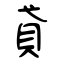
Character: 貣